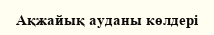
Ақжайық ауданы көлдері